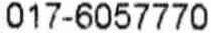
017-6057770